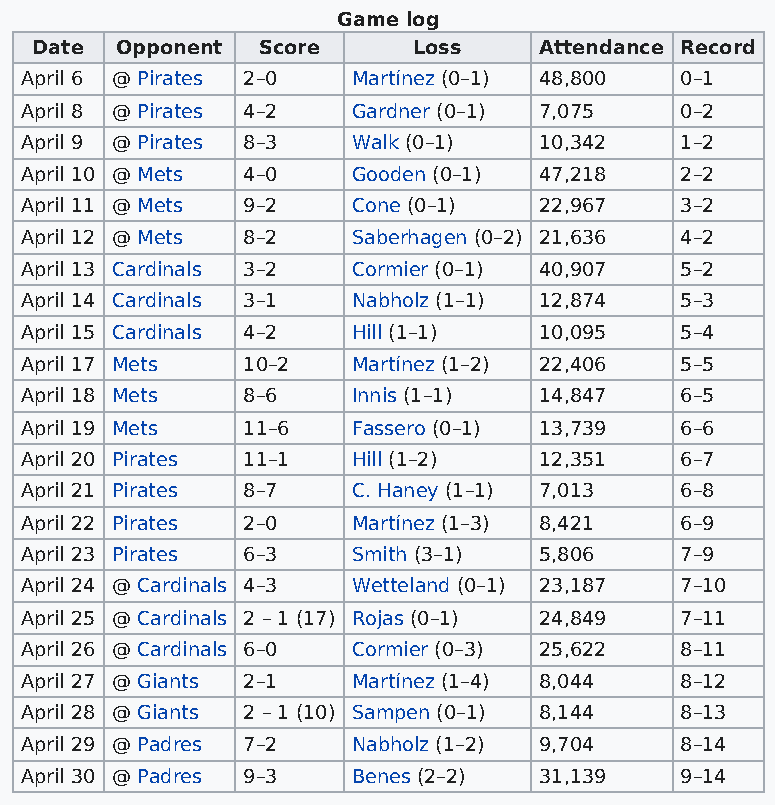
Game log
 Date  Opponent Score     Loss     Attendance Record
 April 6 @ Pirates 2–0 Martínez (0–1) 48,800 0–1
 April 8 @ Pirates 4–2 Gardner (0–1) 7,075   0–2
 April 9 @ Pirates 8–3 Walk (0–1)   10,342   1–2
 April 10 @ Mets 4–0   Gooden (0–1) 47,218   2–2
 April 11 @ Mets 9–2   Cone (0–1)   22,967   3–2
 April 12 @ Mets 8–2   Saberhagen (0–2) 21,636 4–2
 April 13 Cardinals 3–2 Cormier (0–1) 40,907 5–2
 April 14 Cardinals 3–1 Nabholz (1–1) 12,874 5–3
 April 15 Cardinals 4–2 Hill (1–1)  10,095   5–4
 April 17 Mets  10–2   Martínez (1–2) 22,406 5–5
 April 18 Mets  8–6    Innis (1–1)  14,847   6–5
 April 19 Mets  11–6   Fassero (0–1) 13,739  6–6
 April 20 Pirates 11–1 Hill (1–2)   12,351   6–7
 April 21 Pirates 8–7  C. Haney (1–1) 7,013  6–8
 April 22 Pirates 2–0  Martínez (1–3) 8,421  6–9
 April 23 Pirates 6–3  Smith (3–1)  5,806    7–9
 April 24 @ Cardinals 4–3 Wetteland (0–1) 23,187 7–10
 April 25 @ Cardinals 2 – 1 (17) Rojas (0–1) 24,849 7–11
 April 26 @ Cardinals 6–0 Cormier (0–3) 25,622 8–11
 April 27 @ Giants 2–1 Martínez (1–4) 8,044  8–12
 April 28 @ Giants 2 – 1 (10) Sampen (0–1) 8,144 8–13
 April 29 @ Padres 7–2 Nabholz (1–2) 9,704   8–14
 April 30 @ Padres 9–3 Benes (2–2)  31,139   9–14